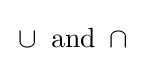
\,\cup \,{\text{ and }}\,\cap